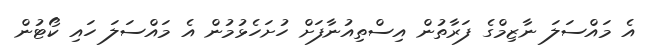
އެ މައްސަލަ ނާޒިމްގެ ފަރާތުން އިސްތިއުނާފަށް ހުށަހެޅުމުން އެ މައްސަލަ ހައި ކޯޓުން